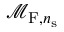
\mathcal { M } _ { \mathrm { F } , n _ { \mathrm { s } } }